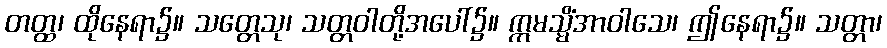
တတ္ထ၊ ထိုနေရာ၌။ သတ္တေသု၊ သတ္တဝါတို့အပေါ်၌။ ဣမသ္မိံအာဝါသေ၊ ဤနေရာ၌။ သတ္တာ၊